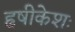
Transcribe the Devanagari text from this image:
हृषीकेशः